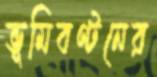
ভূমিবণ্টনের